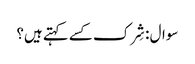
سوال : شِرک کسے کہتے ہیں؟